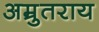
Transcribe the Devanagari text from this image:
अम्रुतराय